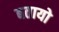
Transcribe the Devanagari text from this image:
बतायो